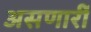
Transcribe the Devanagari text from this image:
असणारीं